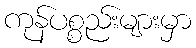
ကုန်ပစ္စည်းများမှာ